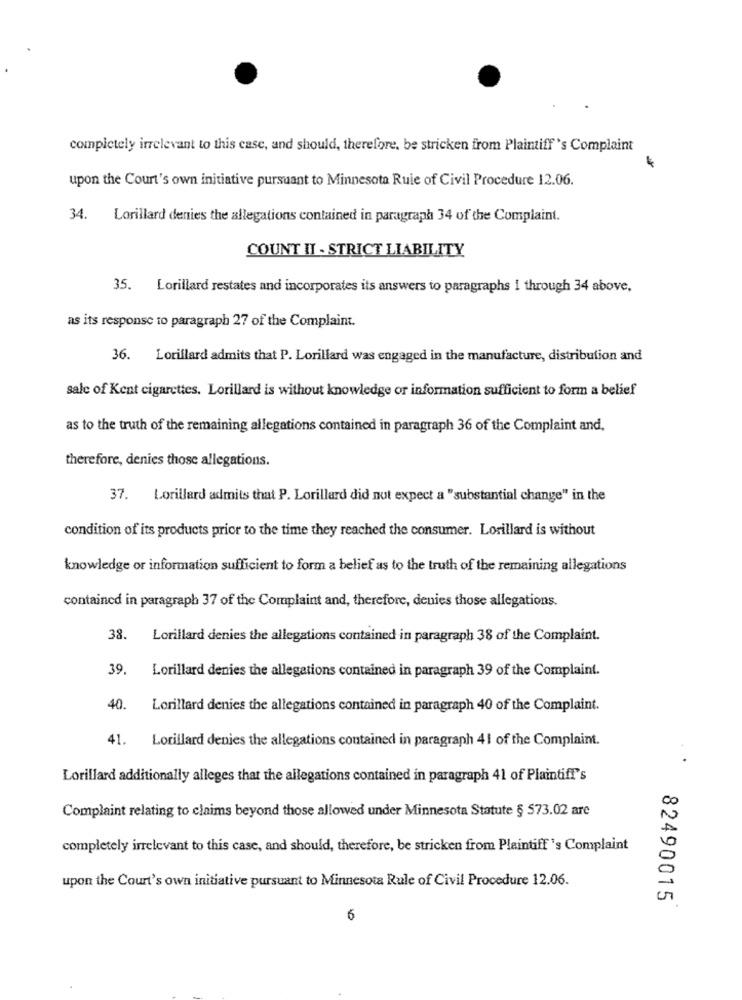
completely irrelevant to this case, and should, therefore, be stricken from Plaintiff 's Complaint
upon the Court's own initiative pursuant to Minnesota Rule of Civil Procedure 12.06.
34. Lorillard denies the allegations contained in paragraph 34 of the Complaint.
COUNT II - STRICT LIABILITY
35. Lorillard restates and incorporates its answers to paragraphs 1 through 34 above,
as its response to paragraph 27 of the Complaint.
36. Lorillard admits that P. Lorillard was engaged in the manufacture, distribution and
sale of Kent cigarettes. Lorillard is without knowledge or information sufficient to form a belief
as to the truth of the remaining allegations contained in paragraph 36 of the Complaint and,
therefore, denies those allegations.
37. Lorillard admits that P. Lorillard did not expect a "substantial change" in the
condition of its products prior to the time they reached the consumer. Lorillard is without
knowledge or information sufficient to form a belief as to the truth of the remaining allegations
contained in paragraph 37 of the Complaint and, therefore, denies those allegations.
38.
Lorillard denies the allegations contained in paragraph 38 of the Complaint.
39.
Lorillard denies the allegations contained in paragraph 39 of the Complaint.
40.
Lorillard denies the allegations contained in paragraph 40 of the Complaint.
41.
Lorillard denies the allegations contained in paragraph 41 of the Complaint.
Lorillard additionally alleges that the allegations contained in paragraph 41 of Plaintiff's
Complaint relating to claims beyond those allowed under Minnesota Statute § 573.02 are
completely irrelevant to this case, and should, therefore, be stricken from Plaintiff 's Complaint
upon the Court's own initiative pursuant to Minnesota Rule of Civil Procedure 12.06.
82490015
6